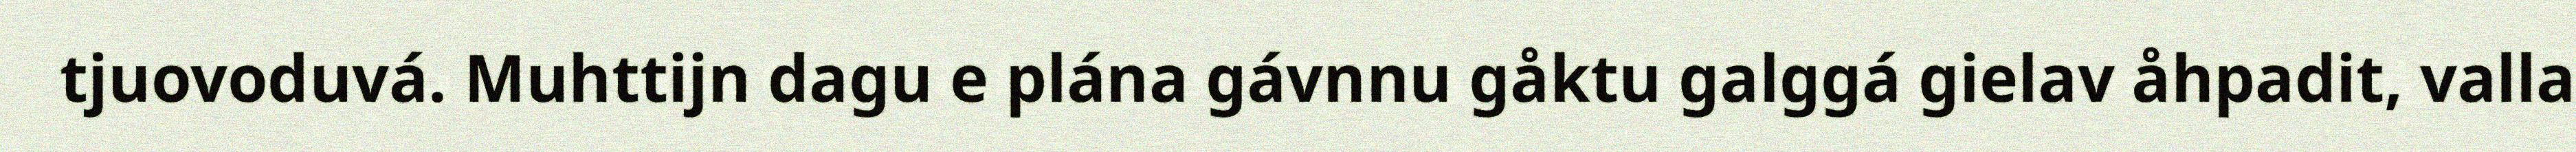
tjuovoduvá. Muhttijn dagu e plána gávnnu gåktu galggá gielav åhpadit, valla